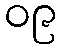
၀၉